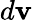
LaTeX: d\mathbf{v}